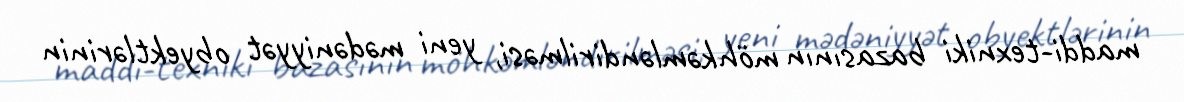
maddi-texniki bazasının möhkəmləndirilməsi, yeni mədəniyyət obyektlərinin